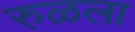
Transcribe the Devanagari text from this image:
रुळला